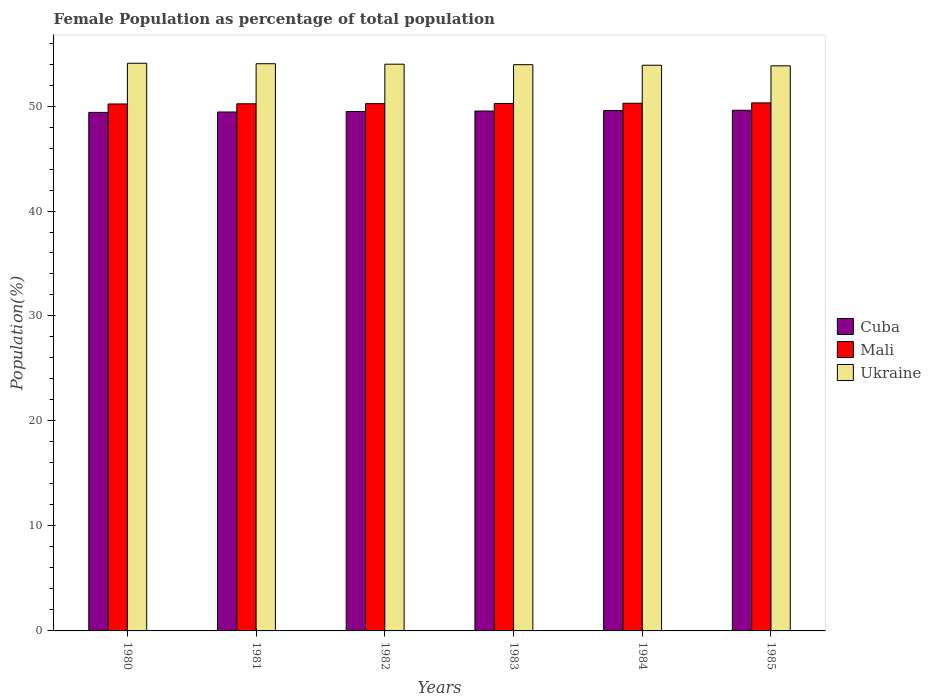
| Years | Cuba | Mali | Ukraine |
 | --- | --- | --- | --- |
 | 1980 | 49.4 | 50.2 | 54.1 |
 | 1981 | 49.4 | 50.2 | 54 |
 | 1982 | 49.5 | 50.2 | 54 |
 | 1983 | 49.5 | 50.2 | 53.9 |
 | 1984 | 49.6 | 50.3 | 53.9 |
 | 1985 | 49.6 | 50.3 | 53.8 |